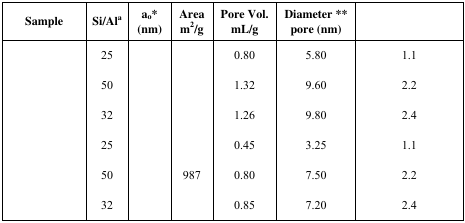
<table><thead><tr><td><b>Sample</b></td><td><b>Si/Al<sup>a</sup></b></td><td><b>a<sub>o</sub>*(nm)</b></td><td><b>Aream<sup>2</sup>/g</b></td><td><b>Pore Vol.mL/g</b></td><td><b>Diameter **pore (nm)</b></td><td>[EMPTY_CELL]</td></tr></thead><tbody><tr><td>[EMPTY_CELL]</td><td>25</td><td>[EMPTY_CELL]</td><td>[EMPTY_CELL]</td><td>0.80</td><td>5.80</td><td>1.1</td></tr><tr><td>[EMPTY_CELL]</td><td>50</td><td>[EMPTY_CELL]</td><td>[EMPTY_CELL]</td><td>1.32</td><td>9.60</td><td>2.2</td></tr><tr><td>[EMPTY_CELL]</td><td>32</td><td>[EMPTY_CELL]</td><td>[EMPTY_CELL]</td><td>1.26</td><td>9.80</td><td>2.4</td></tr><tr><td>[EMPTY_CELL]</td><td>25</td><td>[EMPTY_CELL]</td><td>[EMPTY_CELL]</td><td>0.45</td><td>3.25</td><td>1.1</td></tr><tr><td>[EMPTY_CELL]</td><td>50</td><td>[EMPTY_CELL]</td><td>987</td><td>0.80</td><td>7.50</td><td>2.2</td></tr><tr><td>[EMPTY_CELL]</td><td>32</td><td>[EMPTY_CELL]</td><td>[EMPTY_CELL]</td><td>0.85</td><td>7.20</td><td>2.4</td></tr></tbody></table>